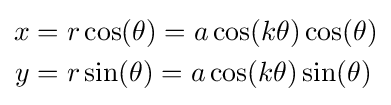
{\begin{aligned}x&=r\cos(\theta )=a\cos(k\theta )\cos(\theta )\\y&=r\sin(\theta )=a\cos(k\theta )\sin(\theta )\end{aligned}}